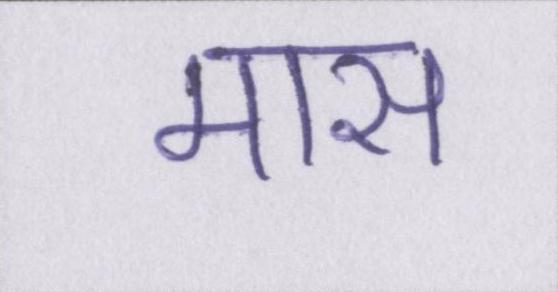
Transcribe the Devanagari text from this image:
मास